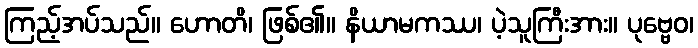
ကြည့်အပ်သည်။ ဟောတိ၊ ဖြစ်၏။ နိယာမကဿ၊ ပဲ့သူကြီးအား။ ပုဗ္ဗေဝ၊